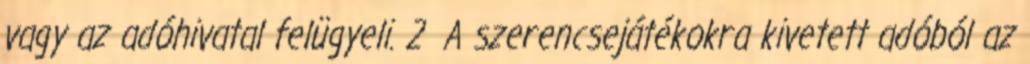
vagy az adóhivatal felügyeli. 2 A szerencsejátékokra kivetett adóból az